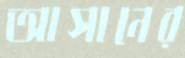
আসানের